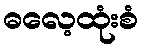
ဓလေ့ထုံးစံ